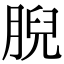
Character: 腉